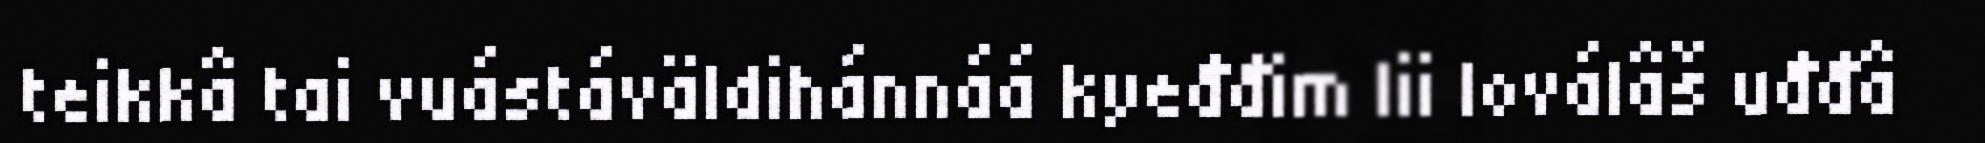
teikkâ tai vuástáväldihánnáá kyeđđim lii loválâš uđđâ